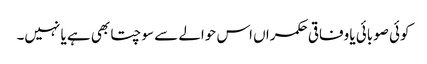
کوئی صوبائی یا وفاقی حکمراں اس حوالے سے سوچتا بھی ہے یا نہیں۔